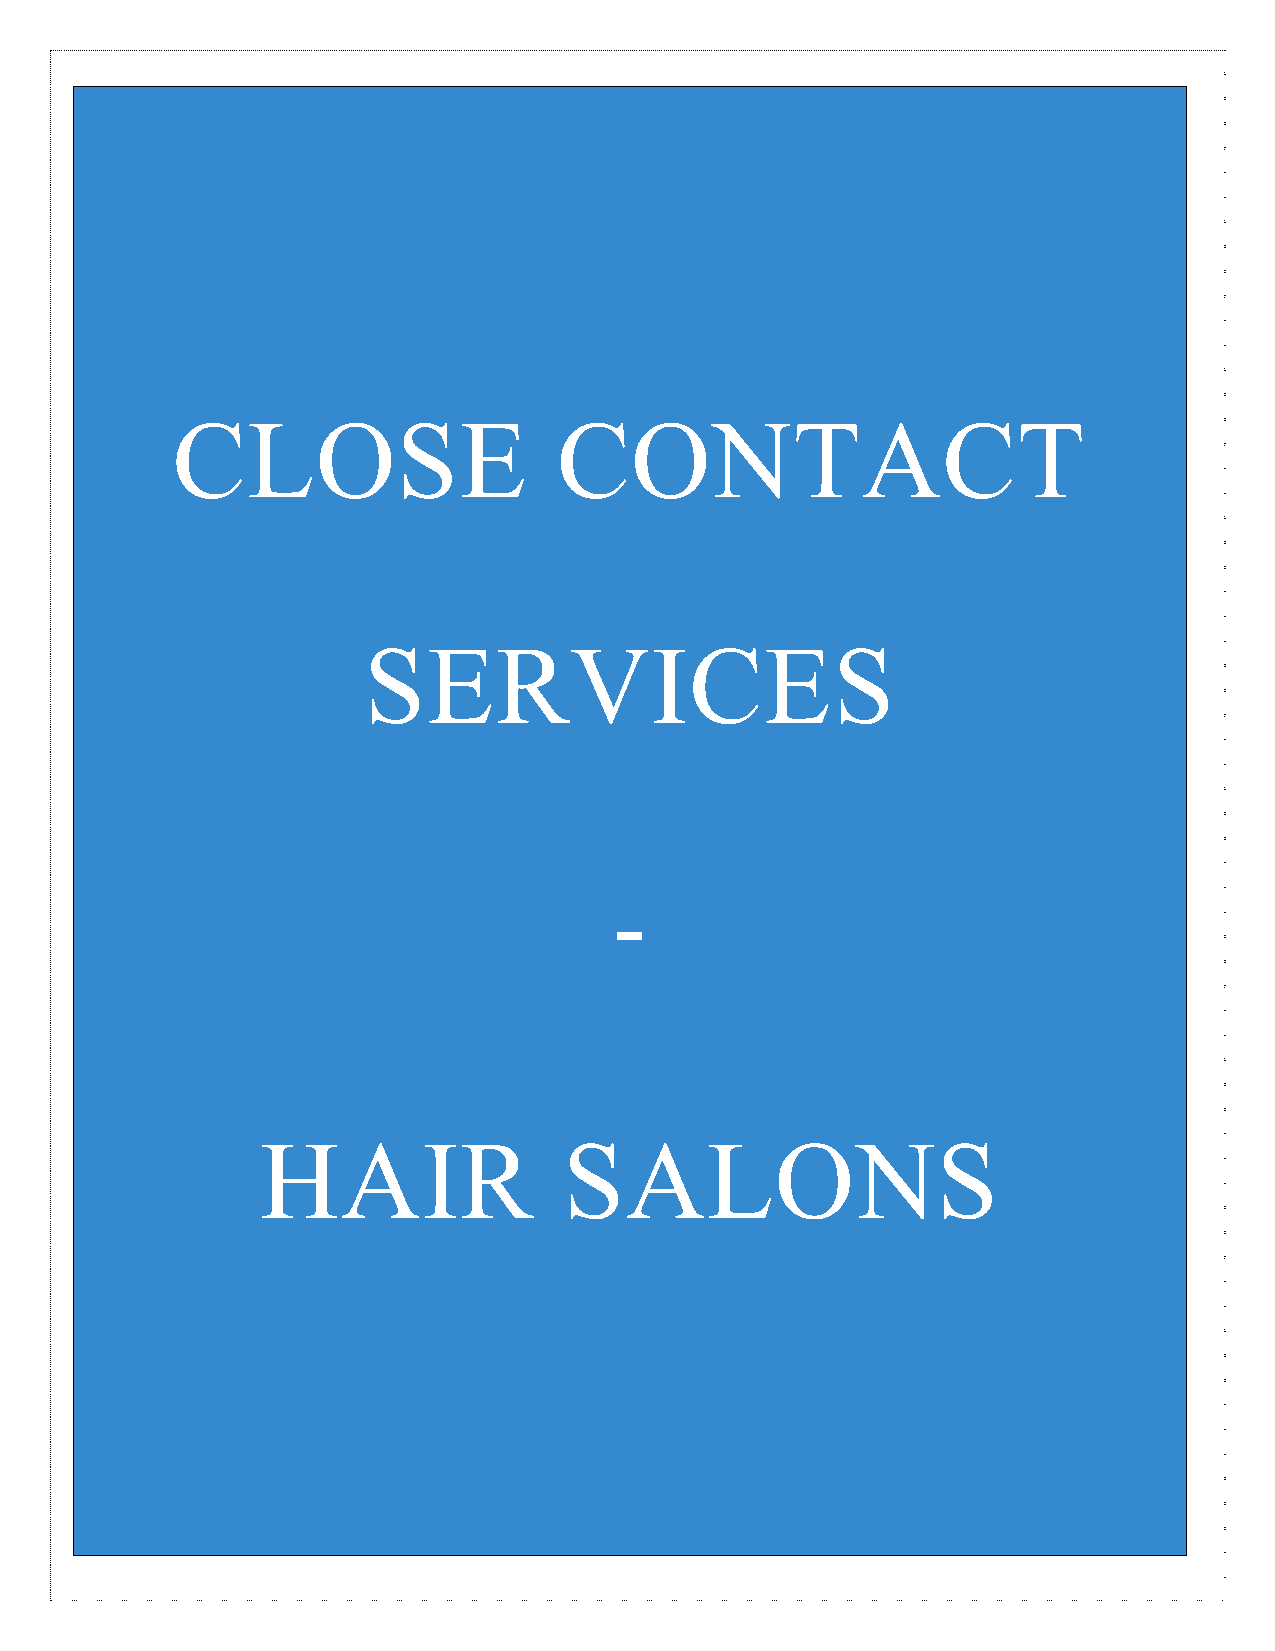
CLOSE                     CONTACT
 RE
 SERVICES
 TAI
 -
 L
 HAIR                SALONS